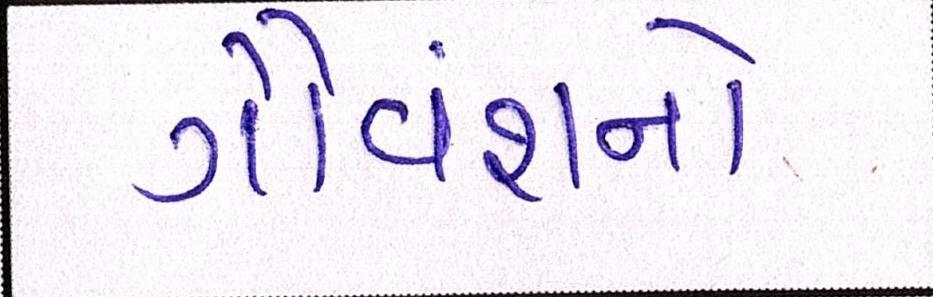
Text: ગૌવંશનો